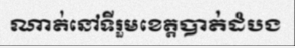
ណាត់នៅទីរួមខេត្តបាត់ដំបង